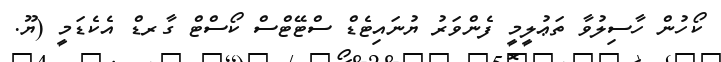
ކޯހުން ހާސިލުވާ ތަޢުލީމީ ފެންވަރު ޔުނައިޓެޑް ސްޓޭޓްސް ކޯސްޓް ގާރޑް އެކެޑަމީ (ޔޫ.